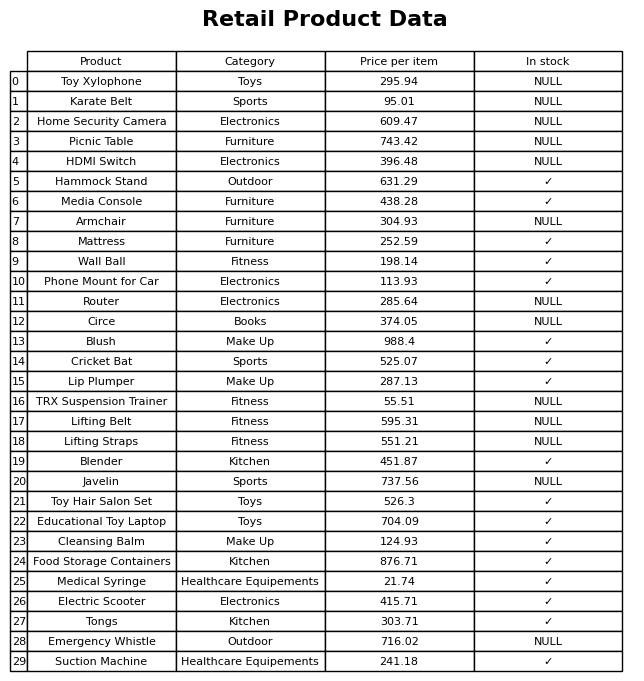
question: What is the price for HDMI Switch?
answer: The price of HDMI Switch is 396.48.